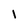
Character: I